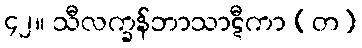
၄၂။ သီလက္ခန်ဘာသာဋီကာ (တ)